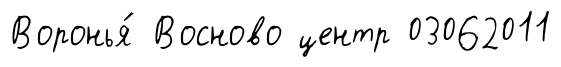
Воронья́ Восново центр 03062011